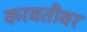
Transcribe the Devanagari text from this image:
करवतीवर